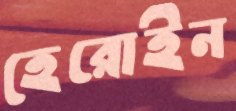
হেরোইন